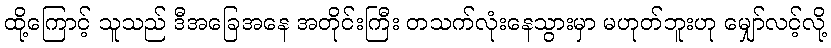
ထို့ကြောင့် သူသည် ဒီအခြေအနေ အတိုင်းကြီး တသက်လုံးနေသွားမှာ မဟုတ်ဘူးဟု မျှော်လင့်လို့